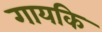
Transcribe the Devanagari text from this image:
गायकि